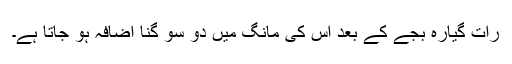
رات گیارہ بجے کے بعد اس کی مانگ میں دو سو گنا اضافہ ہو جاتا ہے۔